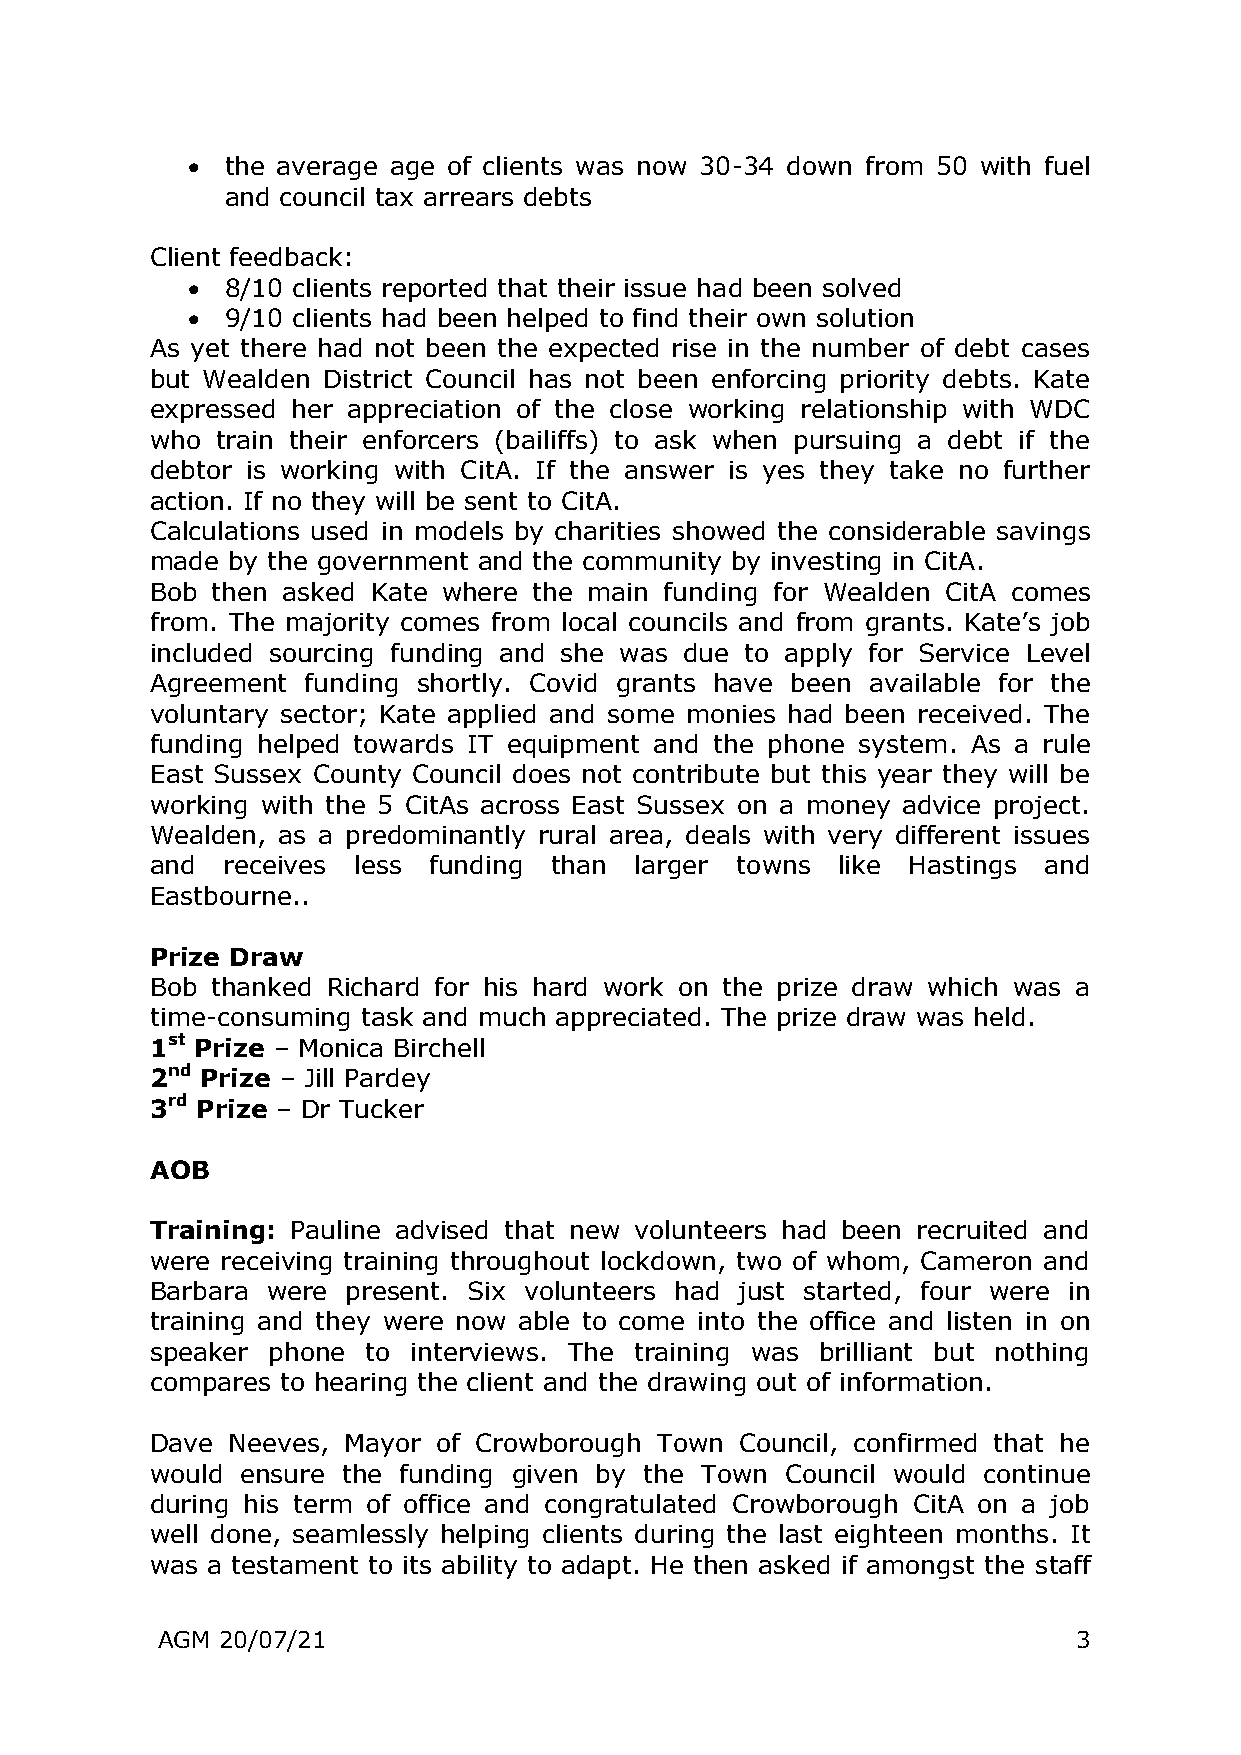
  the average age of clients was now 30-34 down from 50 with fuel
 and council tax arrears debts
 Client feedback:
   8/10 clients reported that their issue had been solved
   9/10 clients had been helped to find their own solution
 As yet there had not been the expected rise in the number of debt cases
 but Wealden District Council has not been enforcing priority debts. Kate
 expressed her appreciation of the close working relationship with WDC
 who train their enforcers (bailiffs) to ask when pursuing a debt if the
 debtor is working with CitA. If the answer is yes they take no further
 action. If no they will be sent to CitA.
 Calculations used in models by charities showed the considerable savings
 made by the government and the community by investing in CitA.
 Bob then asked Kate where the main funding for Wealden CitA comes
 from. The majority comes from local councils and from grants. Kate’s job
 included sourcing funding and she was due to apply for Service Level
 Agreement funding shortly. Covid grants have been available for the
 voluntary sector; Kate applied and some monies had been received. The
 funding helped towards IT equipment and the phone system. As a rule
 East Sussex County Council does not contribute but this year they will be
 working with the 5 CitAs across East Sussex on a money advice project.
 Wealden, as a predominantly rural area, deals with very different issues
 and  receives less funding than larger towns like Hastings and
 Eastbourne..
 Prize Draw
 Bob thanked Richard for his hard work on the prize draw which was a
 time-consuming task and much appreciated. The prize draw was held.
 1st Prize – Monica Birchell
 2nd Prize – Jill Pardey
 3rd Prize – Dr Tucker
 AOB
 Training: Pauline advised that new volunteers had been recruited and
 were receiving training throughout lockdown, two of whom, Cameron and
 Barbara were present. Six volunteers had just started, four were in
 training and they were now able to come into the office and listen in on
 speaker phone to interviews. The training was brilliant but nothing
 compares to hearing the client and the drawing out of information.
 Dave Neeves, Mayor of Crowborough Town Council, confirmed that he
 would ensure the funding given by the Town Council would continue
 during his term of office and congratulated Crowborough CitA on a job
 well done, seamlessly helping clients during the last eighteen months. It
 was a testament to its ability to adapt. He then asked if amongst the staff
 AGM 20/07/21                                                 3